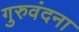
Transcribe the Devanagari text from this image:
गुरुवंदना